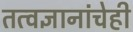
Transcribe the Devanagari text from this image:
तत्वज्ञानांचेही